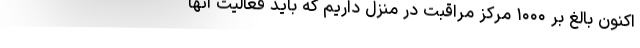
اکنون بالغ بر ۱۰۰۰ مرکز مراقبت در منزل داریم که باید فعالیت آنها